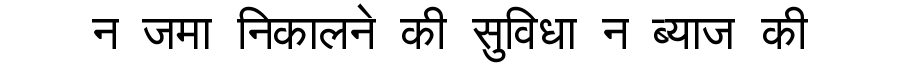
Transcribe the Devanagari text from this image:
न जमा निकालने की सुविधा न ब्याज की